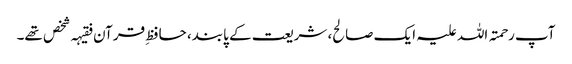
آپ رحمتہ اللہ علیہ ایک صالح، شریعت کے پابند، حافظِ قرآن فقیہہ شخص تھے۔